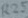
Text: R25